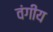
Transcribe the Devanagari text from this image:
वंगीय